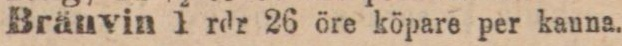
Bränvin 1 rdr 26 öre köpare per kanna.